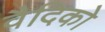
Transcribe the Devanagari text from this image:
वैदिको